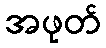
အဖုတ်